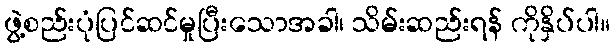
ဖွဲ့စည်းပုံပြင်ဆင်မှုပြီးသောအခါ၊ သိမ်းဆည်းရန် ကိုနှိပ်ပါ။